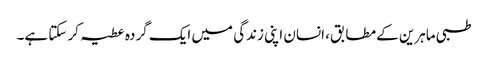
طبی ماہرین کے مطابق، انسان اپنی زندگی میں ایک گردہ عطیہ کر سکتا ہے۔